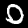
Label: 0